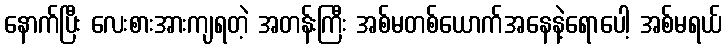
နောက်ပြီး လေးစားအားကျရတဲ့ အတန်းကြီး အစ်မတစ်ယောက်အနေနဲ့ရောပေါ့ အစ်မရယ်